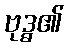
ဗုဒ္ဓ၏